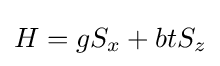
{\textstyle H=gS_{x}+btS_{z}}